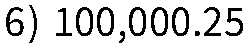
6) 100,000.25